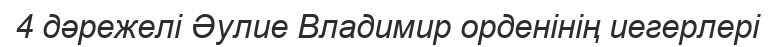
4 дәрежелі Әулие Владимир орденінің иегерлері